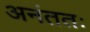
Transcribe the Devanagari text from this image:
अनंततः